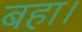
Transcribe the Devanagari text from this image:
बहा।